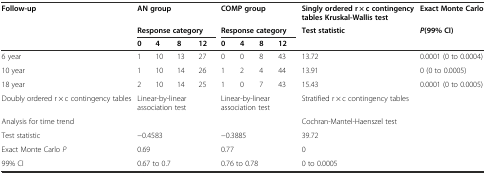
<table><thead><tr><td><b>Follow-up</b></td><td colspan="4"><b>AN group</b></td><td colspan="4"><b>COMP group</b></td><td><b>Singly ordered r × c contingency tables Kruskal-Wallis test</b></td><td><b>Exact Monte Carlo</b></td></tr><tr><td></td><td colspan="4"><b>Response category</b></td><td colspan="4"><b>Response category</b></td><td><b>Test statistic</b></td><td><b><i>P</i>(99% CI)</b></td></tr><tr><td></td><td><b>0</b></td><td><b>4</b></td><td><b>8</b></td><td><b>12</b></td><td><b>0</b></td><td><b>4</b></td><td><b>8</b></td><td><b>12</b></td><td></td><td></td></tr></thead><tbody><tr><td>6 year</td><td>1</td><td>10</td><td>13</td><td>27</td><td>0</td><td>0</td><td>8</td><td>43</td><td>13.72</td><td>0.0001 (0 to 0.0004)</td></tr><tr><td>10 year</td><td>1</td><td>10</td><td>14</td><td>26</td><td>1</td><td>2</td><td>4</td><td>44</td><td>13.91</td><td>0 (0 to 0.0005)</td></tr><tr><td>18 year</td><td>2</td><td>10</td><td>14</td><td>25</td><td>1</td><td>0</td><td>7</td><td>43</td><td>15.43</td><td>0.0001 (0 to 0.0005)</td></tr><tr><td>Doubly ordered r × c contingency tables</td><td colspan="4">Linear-by-linear association test</td><td colspan="4">Linear-by-linear association test</td><td>Stratified r × c contingency tables</td><td></td></tr><tr><td>Analysis for time trend</td><td colspan="4"></td><td colspan="4"></td><td>Cochran-Mantel-Haenszel test</td><td></td></tr><tr><td>Test statistic</td><td colspan="4">−0.4583</td><td colspan="4">−0.3885</td><td>39.72</td><td></td></tr><tr><td>Exact Monte Carlo <i>P</i></td><td colspan="4">0.69</td><td colspan="4">0.77</td><td>0</td><td></td></tr><tr><td>99% CI</td><td colspan="4">0.67 to 0.7</td><td colspan="4">0.76 to 0.78</td><td>0 to 0.0005</td><td></td></tr></tbody></table>